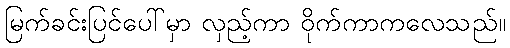
မြက်ခင်းပြင်ပေါ်မှာ လှည့်ကာ ဝိုက်ကာကလေသည်။